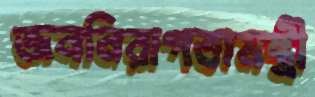
জননিরাপত্তামন্ত্রী